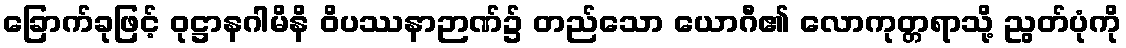
ခြောက်ခုဖြင့် ဝုဋ္ဌာနဂါမိနိ ဝိပဿနာဉာဏ်၌ တည်သော ယောဂီ၏ လောကုတ္တရာသို့ ညွတ်ပုံကို